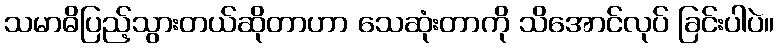
သမာဓိပြည့်သွားတယ်ဆိုတာဟာ သေဆုံးတာကို သိအောင်လုပ် ခြင်းပါပဲ။